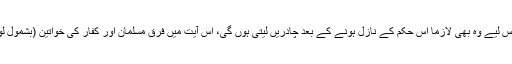
مسلمانوں کی لونڈیاں بھی چونکہ اہل ایمان تھی اس لیے وہ بھی لازماً اس حکم کے نازل ہونے کے بعد چادریں لیتی ہوں گی، اس آیت میں فرق مسلمان اور کفار کی خواتین (بشمول لونڈیاں اور عام خواتین) کے درمیان بتایا گیا ہے۔